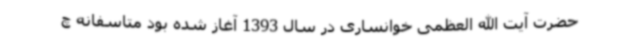
حضرت آیت الله العظمی خوانساری در سال 1393 آغاز شده بود متاسفانه چ